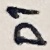
Text: D1